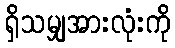
ရှိသမျှအားလုံးကို